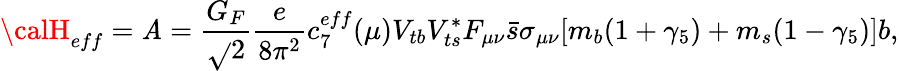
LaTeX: {\calH}_{eff}={\cal\mathit{A}}=\displaystyle\frac{{G_{F}}}{{\sqrt{}{{2}}}}\displaystyle\frac{{e}}{{8\pi^{2}}}c_{7}^{eff}(\mu)V_{tb}V_{ts}^{*}F_{\mu\nu}\bar{{s}}\sigma_{\mu\nu}[m_{b}(1+\gamma_{5})+m_{s}(1-\gamma_{5})]b,